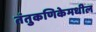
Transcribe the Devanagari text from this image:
तंतुकणिकेमधील